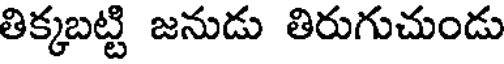
తిక్కబట్టి జనుడు తిరుగుచుండు